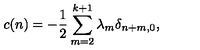
c ( n ) = - { \frac { 1 } { 2 } } \sum _ { m = 2 } ^ { k + 1 } \lambda _ { m } \delta _ { n + m , 0 } ,